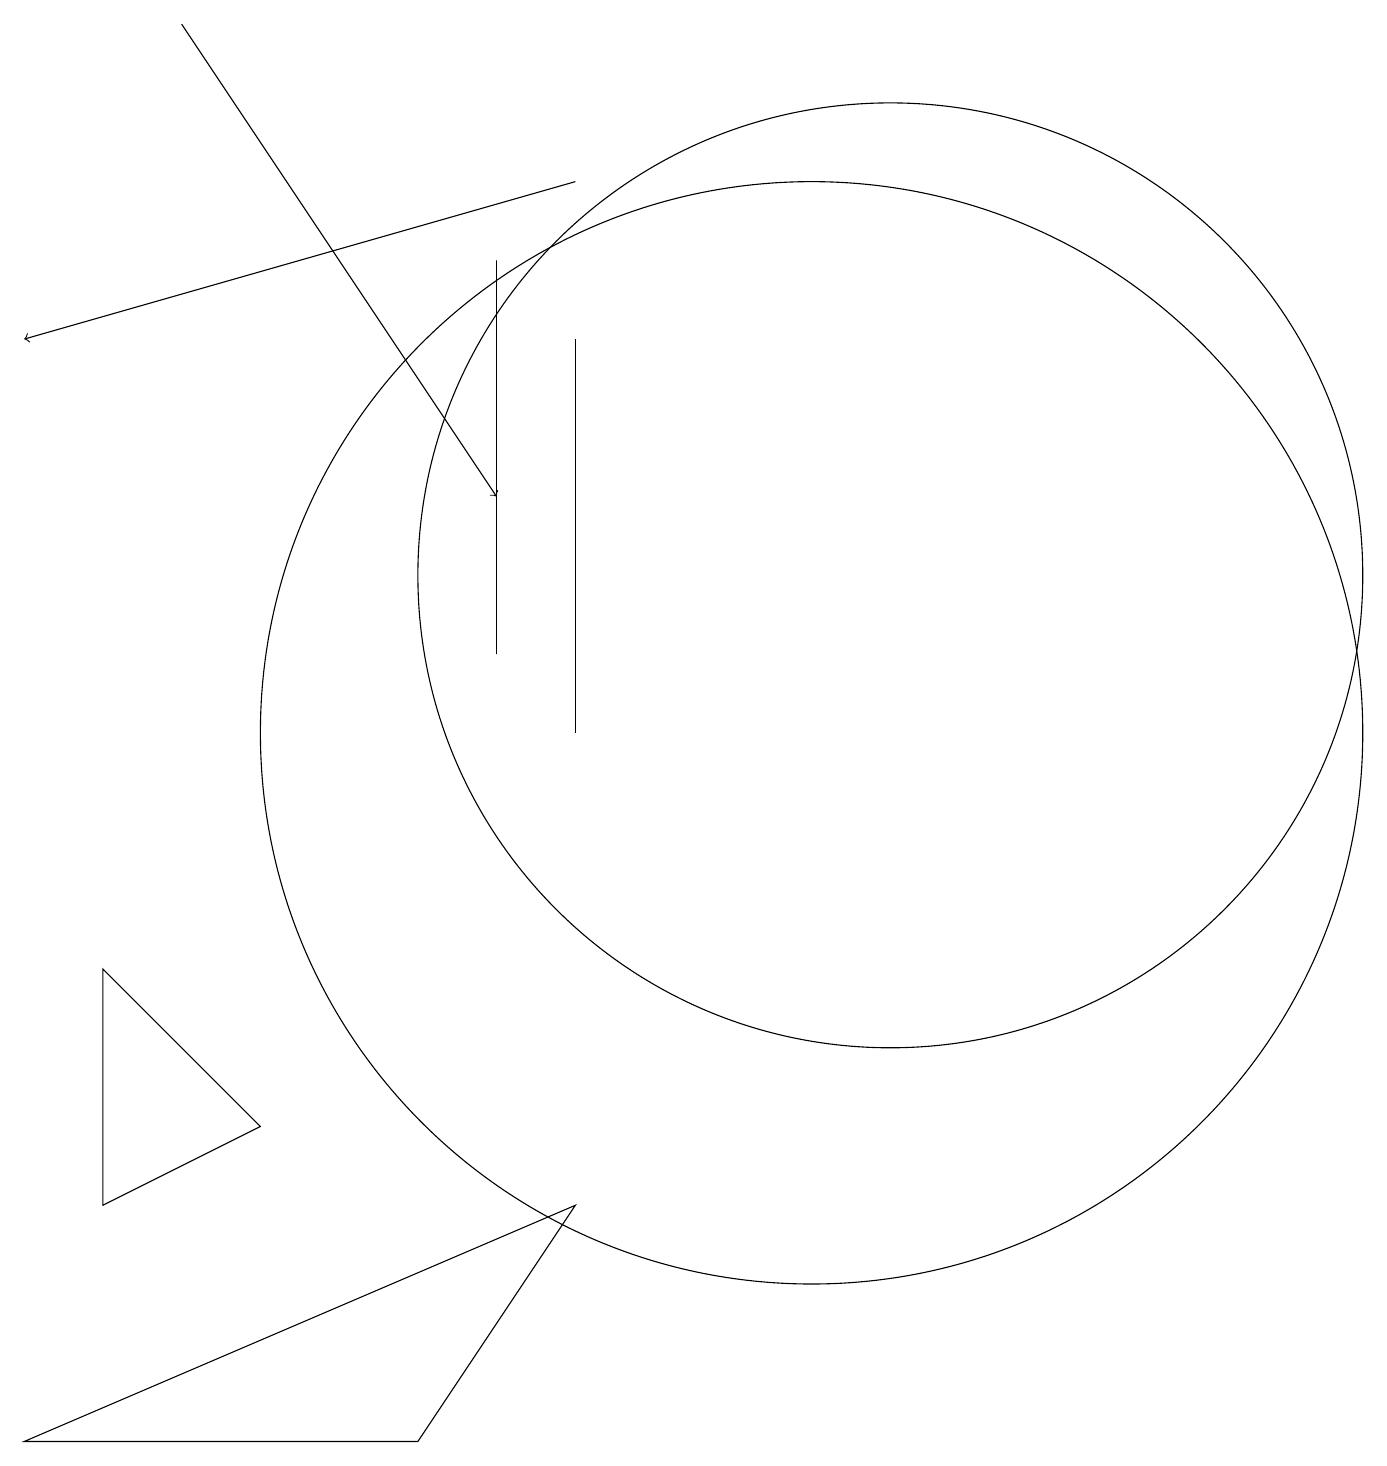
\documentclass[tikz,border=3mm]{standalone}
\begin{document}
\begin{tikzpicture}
\draw[->] (7,17) -- (0,15);
\draw[->] (2,19) -- (6,13);
\draw (7,15) rectangle (7,10);
\draw (11,12) circle (6);
\draw (3,5) -- (1,4) -- (1,7) -- cycle;
\draw (6,16) rectangle (6,11);
\draw (10,10) circle (7);
\draw (5,1) -- (7,4) -- (0,1) -- cycle;
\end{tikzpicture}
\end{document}